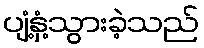
ပျံ့နှံ့သွားခဲ့သည်